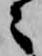
々